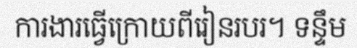
ការងារធ្វើក្រោយពីរៀនរបរ។ ទន្ទឹម